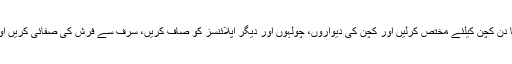
مثال کے طور پر پیر کا دن کچن کیلئے مختص کرلیں اور کچن کی دیواروں، چولہوں اور دیگر اپلائنسز کو صاف کریں، سرف سے فرش کی صفائی کریں اور جالے وغیرہ اُتار دیں۔